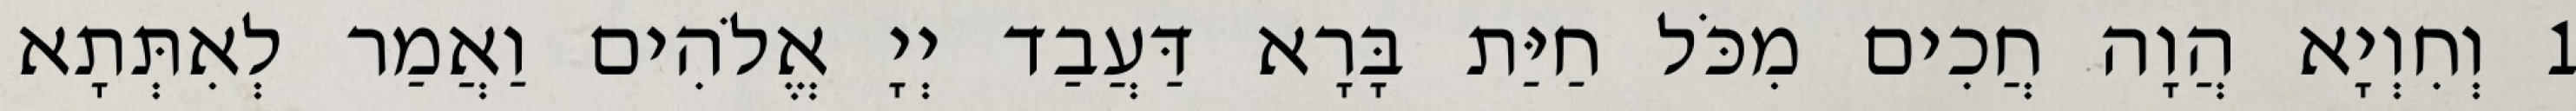
1 וְחִוְיָא הֲוָה חֲכִים מִכֹּל חַיַּת בָּרָא דַּעֲבַד יְיָ אֱלֹהִים וַאֲמַר לְאִתְּתָא